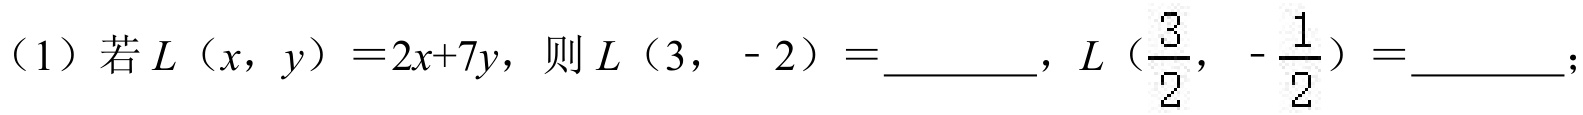
（1）若 \(L（x,y） = 2x + 7y\)，则 \(L（3,-2）=\underline{\quad\quad}\)，\(L（\frac{3}{2},-\frac{1}{2}）=\underline{\quad\quad}\)；